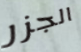
الجزر